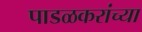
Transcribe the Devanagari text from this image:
पाडळकरांच्या